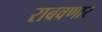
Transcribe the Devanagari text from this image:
राबवणार